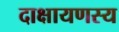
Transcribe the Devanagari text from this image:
दाक्षायणस्य